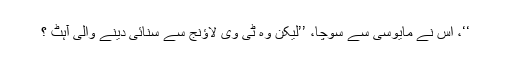
‘‘، اس نے مایوسی سے سوچا، ’’لیکن وہ ٹی وی لاؤنج سے سنائی دینے والی آہٹ ؟